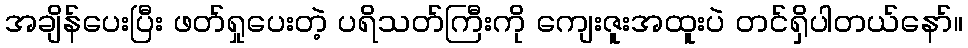
အချိန်ပေးပြီး ဖတ်ရှုပေးတဲ့ ပရိသတ်ကြီးကို ကျေးဇူးအထူးပဲ တင်ရှိပါတယ်နော်။